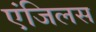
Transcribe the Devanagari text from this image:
एंजिलस